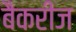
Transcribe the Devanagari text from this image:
बैकरीज